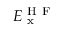
E _ { \mathrm { ~ x ~ } } ^ { \mathrm { ~ H ~ F ~ } }